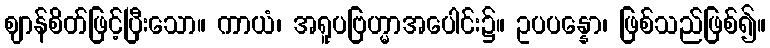
ဈာန်စိတ်ဖြင့်ပြီးသော။ ကာယံ၊ အရူပဗြဟ္မာအပေါင်း၌။ ဥပပန္နော၊ ဖြစ်သည်ဖြစ်၍။